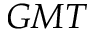
G M T